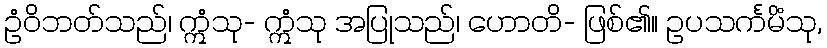
ဥံဝိဘတ်သည်၊ ဣံသု- ဣံသု အပြုသည်၊ ဟောတိ- ဖြစ်၏။ ဥပသင်္ကမိံသု,